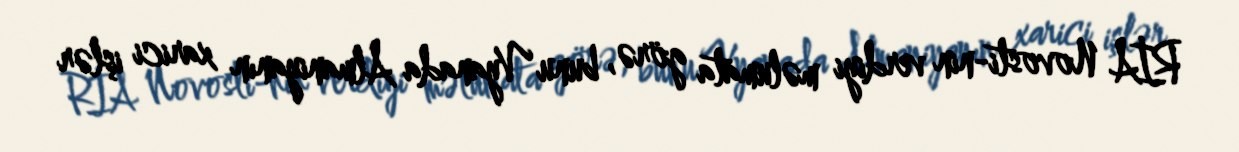
RİA Novosti-nin verdiyi məlumata görə, bunu Vyanada Almaniyanın xarici işlər